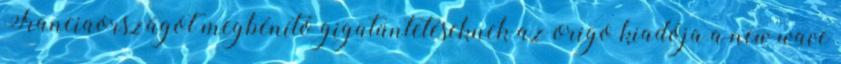
Franciaországot megbénító gigatüntetéseknek az origo kiadója a new wave